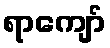
ရာကျော်